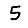
Digit: 5